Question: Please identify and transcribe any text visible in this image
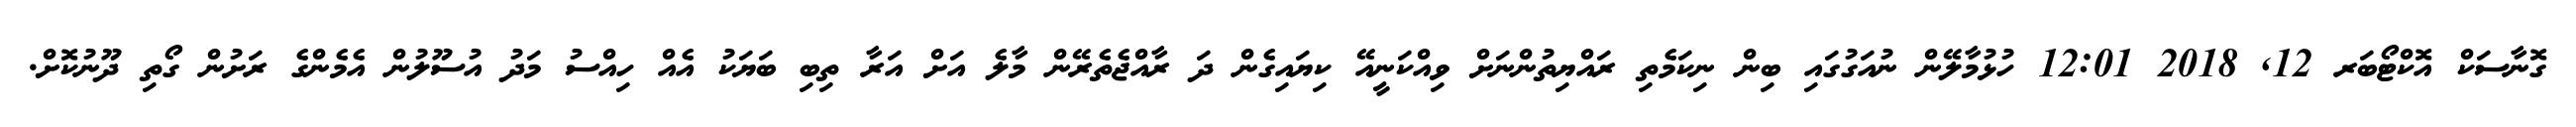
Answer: ގޮނާސަކް އޮކްޓޯބަރ 12, 2018 12:01 ހުޅުމާލޭން ނުއަގުގައި ބިން ނިކަމެތި ރައްޔިތުންނަށް ވިއްކަނީއޭ ކިޔައިގެން ދަ ރާއްޖެތެރޭން މާލެ އަށް އަރާ ތިބި ބަޔަކު އެއް ހިއްސު މަދު އުސޫލުން އެމެންގެ ރަށުން ގޯތި ދޫނުކޮށް.